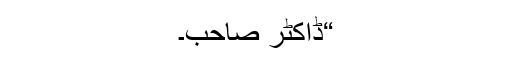
“ڈاکٹر صاحب۔